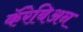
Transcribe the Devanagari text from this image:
कॅरेबिअन